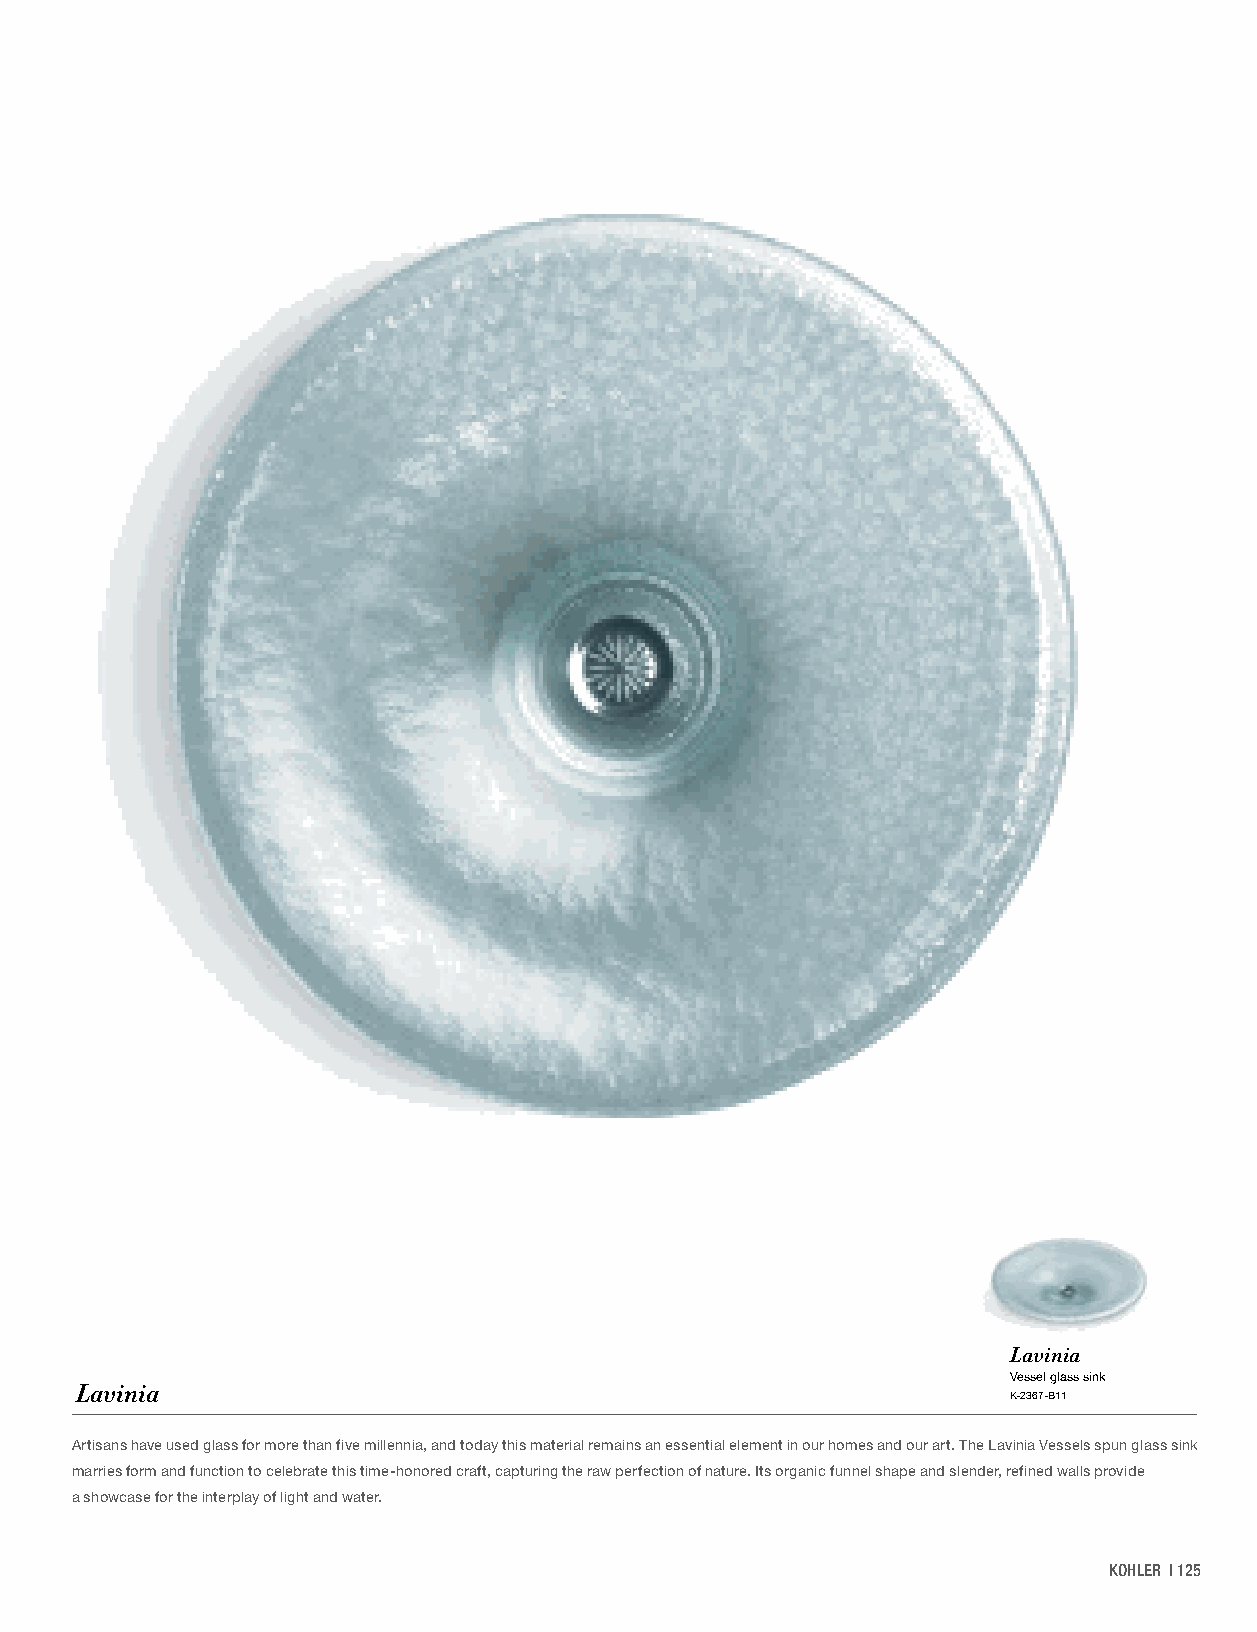
Kallos                                                             Lavinia
 Wading Pool glass sink, ice                                        Vessel glass sink
 K-2361-B11/TG1/TG2 /TG3/TG6/TG7/TG8 Lavinia                        K-2367-B11
 Artisans have used glass for more than five millennia, and today this material remains an essential element in our homes and our art. The Lavinia Vessels spun glass sink
 marries form and function to celebrate this time-honored craft, capturing the raw perfection of nature. Its organic funnel shape and slender, refined walls provide
 a showcase for the interplay of light and water.
 KOHLER | 125